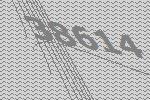
38614